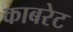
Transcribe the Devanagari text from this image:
काबरेट